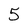
Character: 5